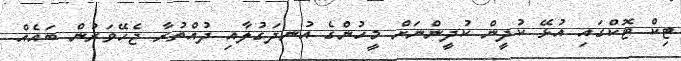
ޓިކް ޓޮކްގައި އުޅޭ ކުދީން ކުދީންނަށް މީހުންގެ އުނދަގުލާއި ދުއްތުރާ ޖެހޭވަރުން ބައެއް